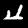
Digit: 4